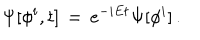
\Psi [ \phi ^ { i } , t ] \, = \, e ^ { - i E t } \Psi [ \phi ^ { i } ] \, .